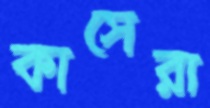
কাসেরা